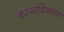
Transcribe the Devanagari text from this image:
काव्यशिल्पम